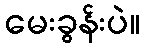
မေးခွန်းပဲ။